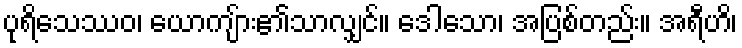
ပုရိသေဿဝ၊ ယောကျ်ား၏သာလျှင်။ ဒေါသော၊ အပြစ်တည်း။ အရီဟိ၊